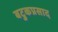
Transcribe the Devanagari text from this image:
बटुकप्रसाद